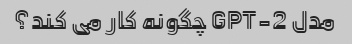
مدل GPT-2 چگونه کار می کند؟